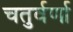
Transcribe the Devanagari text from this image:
चतुर्वर्णा